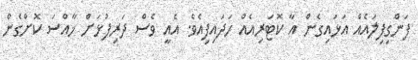
ފަންގިފިލައެއް އަޅައިގެން އާ ކޮޓަރިއެއް ހަދައިފިއެވެ. އެއީ ވެސް ދަރިފުޅަށް ޚާއްސަ ކޮށްގެން